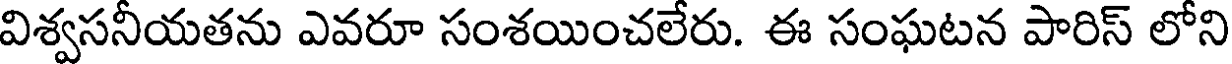
విశ్వసనీయతను ఎవరూ సంశయించలేరు. ఈ సంఘటన పారిస్ లోని